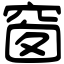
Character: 窗